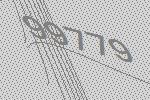
99779